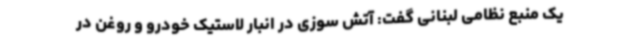
یک منبع نظامی لبنانی گفت: آتش سوزی در انبار لاستیک خودرو و روغن در